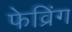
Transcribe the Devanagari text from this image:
फेव्रिंग